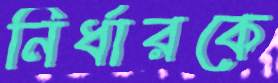
নির্ধারকে